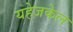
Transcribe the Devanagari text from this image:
यहेजकेल